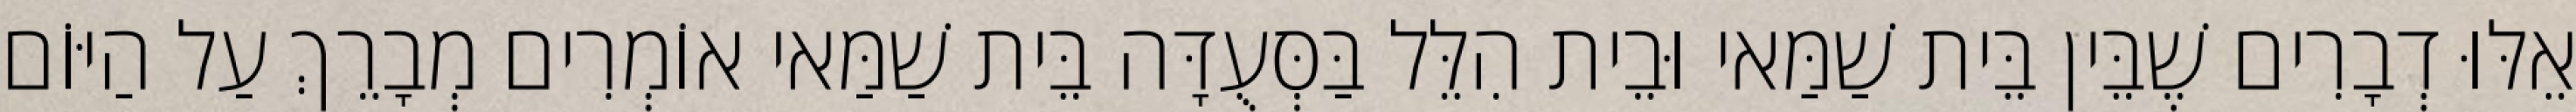
אֵלּוּ דְבָרִים שֶׁבֵּין בֵּית שַׁמַּאי וּבֵית הִלֵּל בַּסְּעֻדָּה בֵּית שַׁמַּאי אוֹמְרִים מְבָרֵךְ עַל הַיּוֹם